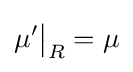
\mu ^{\prime }{\big \vert }_{R}=\mu